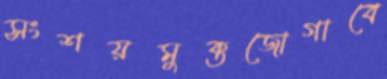
সংশয়মুক্তজোগাবে